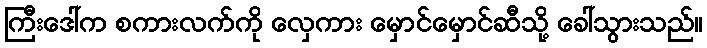
ကြီးဒေါ်က စကားလက်ကို လှေကား မှောင်မှောင်ဆီသို့ ခေါ်သွားသည်။